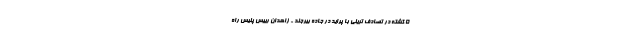
5 کشته در تصادف تریلی با پراید در جاده بیرجند - زاهدان رییس پلیس راه